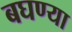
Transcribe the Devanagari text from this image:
बघण्या